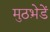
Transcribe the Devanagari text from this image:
मुठभ़ेडें